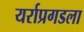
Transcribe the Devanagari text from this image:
यर्राप्रगडला